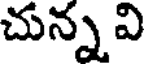
చున్న వి